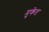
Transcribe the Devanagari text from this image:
मुकेत